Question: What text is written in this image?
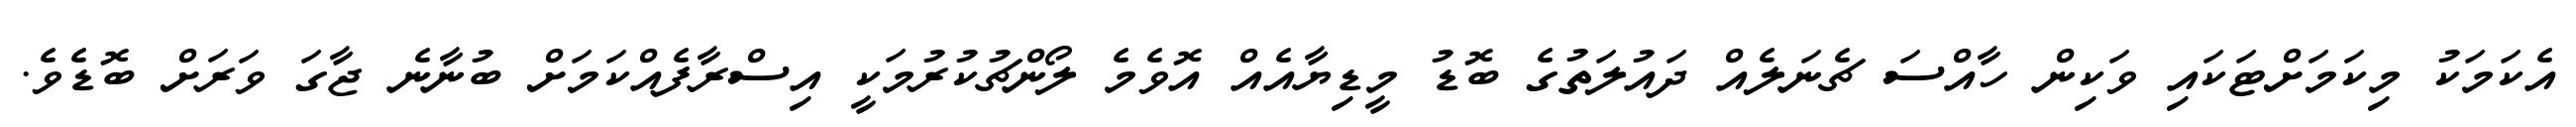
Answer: އެކަމަކު މިކަމަށްޓަކައި ވަކިން ހާއްސަ ޗެނަލެއް ދައުލަތުގެ ބޮޑު މީޑިޔާއެއް އޮވެމެ ލޯންޗުކުރުމަކީ އިސްރާފެއްކަމަށް ބުނާނެ ޖާގަ ވަރަށް ބޮޑެވެ.